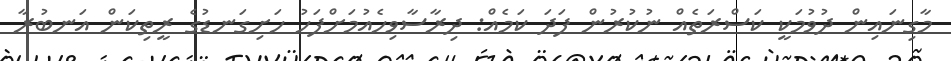
މާގިނައިން ދުވުމަކީ ކަސްރަތެއް ނުކުރުން ފަދަ ކަމެއް: ދިރާސާވިހެއުމަށްފަހު ހަށިގަނޑުގެ ރީތިކަން އަނބުރާ